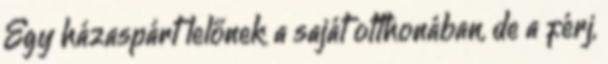
Egy házaspárt lelőnek a saját otthonában, de a férj,